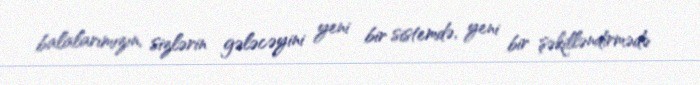
balalarımızın, sizlərin gələcəyini yeni bir sistemdə, yeni bir şəkilləndirmədə